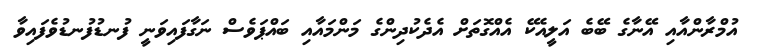
އުމްރާންއާއި އޭނާގެ ބޭބެ އަލީއެކޭ އެއްގޮތަށް އެދެކުދިންގެ މަންމައާއި ބައްޕަވެސް ނަގާފައިވަނީ ފުނޑުފުނޑުވެފައިވާ